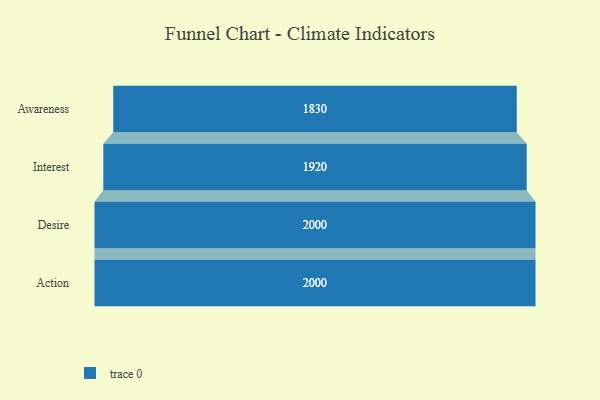
{"axis": {"x": "Stage", "y": "Value"}, "legend": [""], "data": [{"x": "Awareness", "y": 1830.0, "type": ""}, {"x": "Interest", "y": 1920.0, "type": ""}, {"x": "Desire", "y": 2000, "type": ""}, {"x": "Action", "y": 2000, "type": ""}]}